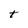
Character: t